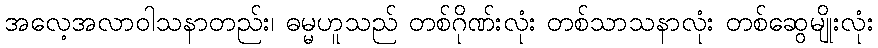
အလေ့အလာဝါသနာတည်း၊ ဓမ္မဟူသည် တစ်ဂိုဏ်းလုံး တစ်သာသနာလုံး တစ်ဆွေမျိုးလုံး